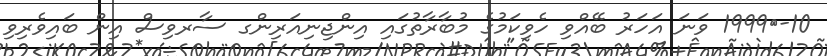
10-	1999 ވަނަ އަހަރު ބޭއްވި ހެވިކަމުގެ މުބާރާތުގައި އިންޖިނިއަރިންގ ސާރވިސް އިން ބައިވެރިވި